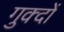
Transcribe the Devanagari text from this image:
गुक्दों